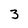
Character: 3